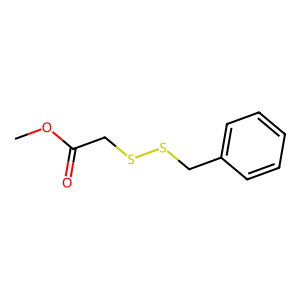
SMILES: COC(=O)CSSCc1ccccc1
Inhibits HIV replication: No